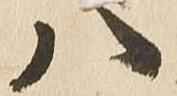
八